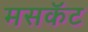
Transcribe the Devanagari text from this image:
मसकॅट